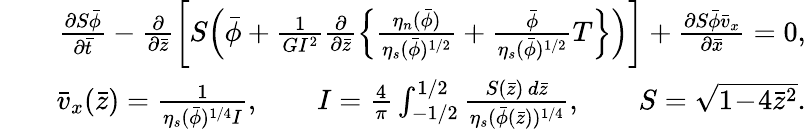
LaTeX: \begin{array}{rlr}&{}&{\frac{\partial S\bar{\phi}}{\partial\bar{t}}-\frac{\partial}{\partial\bar{z}}\biggl[S\Bigl(\bar{\phi}+\frac{1}{GI^{2}}\frac{\partial}{\partial\bar{z}}\Bigl\{ \frac{\eta_{n}(\bar{\phi})}{\eta_{s}(\bar{\phi})^{1/2}}+\frac{\bar{\phi}}{\eta_{s}(\bar{\phi})^{1/2}}T\Bigr\} \Bigr)\biggr]+\frac{\partial S\bar{\phi}\bar{v}_{x}}{\partial\bar{x}}=0,}\\ &{}&{\bar{v}_{x}(\bar{z})=\frac{1}{\eta_{s}(\bar{\phi})^{1/4}I},\qquad I=\frac{4}{\pi}\int_{-1/2}^{1/2}\frac{S(\bar{z})\, d\bar{z}}{\eta_{s}(\bar{\phi}(\bar{z}))^{1/4}},\qquad S=\sqrt{1\! -\! 4\bar{z}^{2}}.}\end{array}